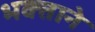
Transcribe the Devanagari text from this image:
भक्‍ताने